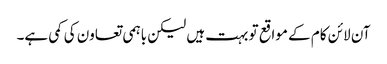
آن لائن کام کے مواقع تو بہت ہیں لیکن باہمی تعاون کی کمی ہے۔